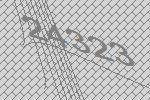
24323